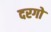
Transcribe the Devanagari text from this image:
दरगो